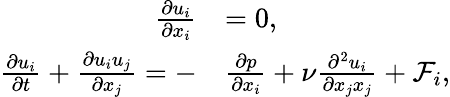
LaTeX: \begin{array}{rl}{\frac{\partial u_{i}}{\partial x_{i}}}&{=0,}\\ {\frac{\partial u_{i}}{\partial t}+\frac{\partial u_{i}u_{j}}{\partial x_{j}}=-}&{\frac{\partial p}{\partial x_{i}}+\nu\frac{\partial^{2}u_{i}}{\partial x_{j}x_{j}}+\mathcal{F}_{i},}\end{array}